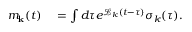
\begin{array} { r l } { m _ { \bf k } ( t ) } & { { } = \int d \tau e ^ { \mathcal { L } _ { k } ( t - \tau ) } \sigma _ { k } ( \tau ) . } \end{array}